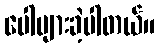
ပေါများခဲ့ပါတယ်။